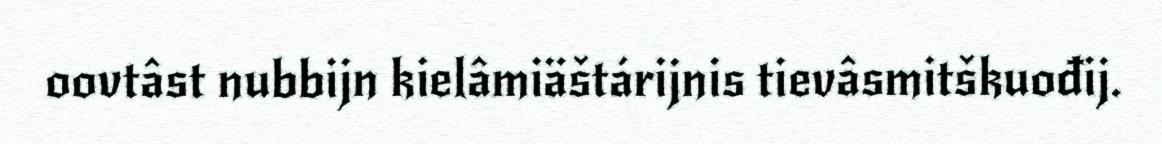
oovtâst nubbijn kielâmiäštárijnis tievâsmitškuođij.